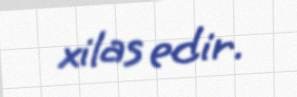
xilas edir.